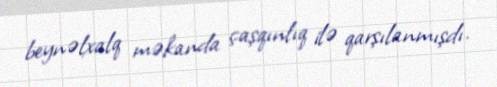
beynəlxalq məkanda çaşqınlıq ilə qarşılanmışdı.